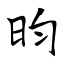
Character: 昀